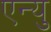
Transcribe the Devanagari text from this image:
एन्यु